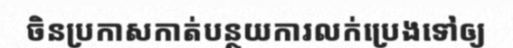
ចិនប្រកាសកាត់បន្ថយការលក់ប្រេងទៅឲ្យ